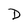
Character: D